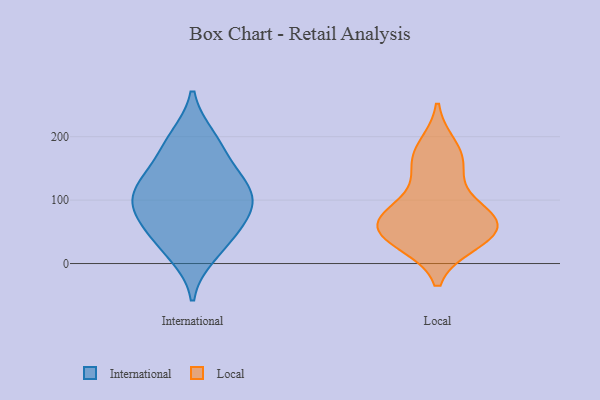
{"axis": {"x": "Inventory Turnover", "y": "Value"}, "legend": ["International", "Local"], "data": [{"x": "", "y": 99, "type": "International"}, {"x": "", "y": 71, "type": "International"}, {"x": "", "y": 136, "type": "International"}, {"x": "", "y": 96, "type": "International"}, {"x": "", "y": 189, "type": "International"}, {"x": "", "y": 97, "type": "International"}, {"x": "", "y": 54, "type": "International"}, {"x": "", "y": 117, "type": "International"}, {"x": "", "y": 15, "type": "International"}, {"x": "", "y": 198, "type": "International"}, {"x": "", "y": 146, "type": "International"}, {"x": "", "y": 35, "type": "International"}, {"x": "", "y": 38, "type": "Local"}, {"x": "", "y": 34, "type": "Local"}, {"x": "", "y": 47, "type": "Local"}, {"x": "", "y": 92, "type": "Local"}, {"x": "", "y": 77, "type": "Local"}, {"x": "", "y": 183, "type": "Local"}, {"x": "", "y": 61, "type": "Local"}, {"x": "", "y": 60, "type": "Local"}, {"x": "", "y": 163, "type": "Local"}, {"x": "", "y": 68, "type": "Local"}, {"x": "", "y": 150, "type": "Local"}]}